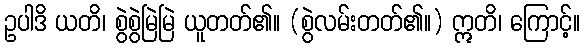
ဥပါဒိ ယတိ၊ စွဲစွဲမြဲမြဲ ယူတတ်၏။ (စွဲလမ်းတတ်၏။) ဣတိ၊ ကြောင့်။